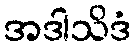
အဒါသိဒံ